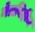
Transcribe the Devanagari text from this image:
नेत्रविहीन